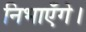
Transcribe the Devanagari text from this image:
निभाएँगे।